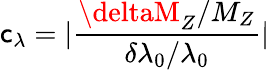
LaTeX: \mathsf{c}_{\lambda}=\vert\frac{{\deltaM_{Z}/M_{Z}}}{{\delta\lambda_{0}/\lambda_{0}}}\vert